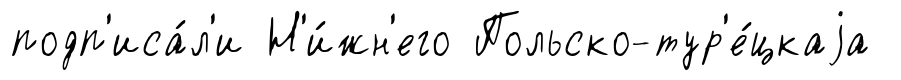
подп'иса́л'и Н'и́жн'его Польско-тур'е́цкаjа